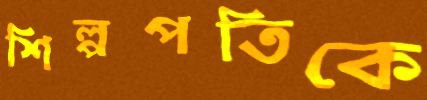
শিল্পপতিকে